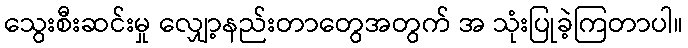
သွေးစီးဆင်းမှု လျှော့နည်းတာတွေအတွက် အ သုံးပြုခဲ့ကြတာပါ။